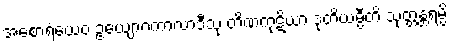
အစောရံယေဝ ဥယျောဂကာလာဒီသု တိဏကုဋိယာ ဒုတိယမ္ပီတိ သုတ္တန္တရမ္ပိ